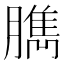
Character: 臇